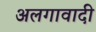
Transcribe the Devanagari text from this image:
अलगावादी